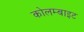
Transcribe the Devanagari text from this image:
कोलम्बाइट